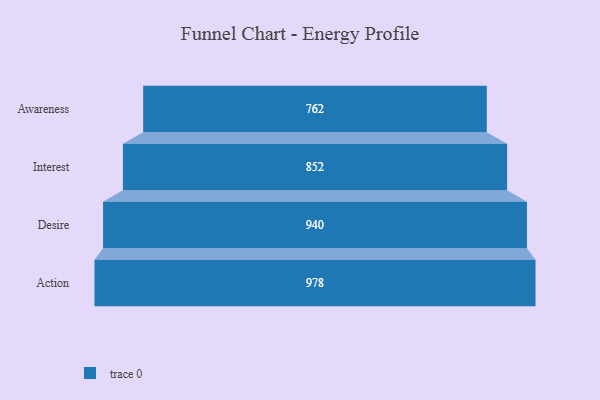
{"axis": {"x": "Stage", "y": "Value"}, "legend": [""], "data": [{"x": "Awareness", "y": 762.0, "type": ""}, {"x": "Interest", "y": 852.0, "type": ""}, {"x": "Desire", "y": 940.0, "type": ""}, {"x": "Action", "y": 978.0, "type": ""}]}